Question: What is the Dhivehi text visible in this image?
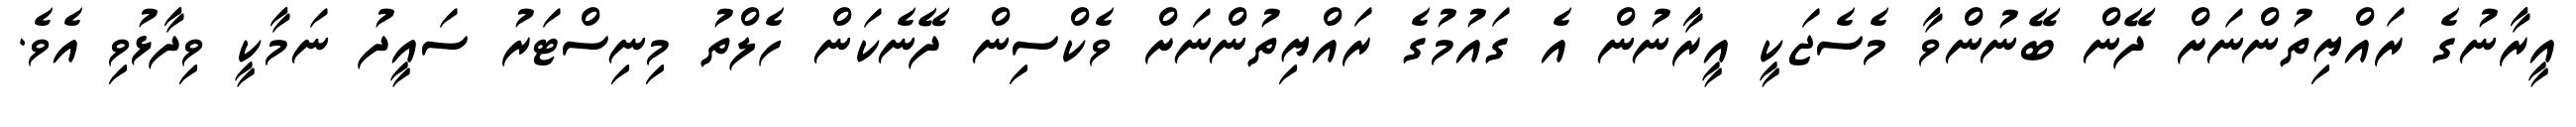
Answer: އީރާނުގެ ރައްޔިތުންނަށް ދޭން ބޭނުންވާ މެސެޖަކީ އީރާނުން އެ ގައުމުގެ ރައްޔިތުންނަށް ވެކްސިން ދޭނެކަން ހެލްތު މިނިސްޓަރު ސައީދު ނަމާކީ ވިދާޅުވި އެވެ.